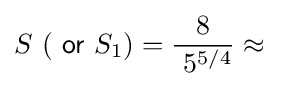
S\ ({\mathsf {\ or\ }}S_{1})={\frac {\ 8\ }{~5^{5/4}}}\approx \